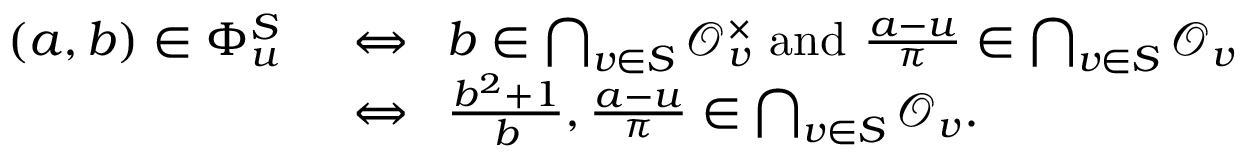
\begin{array} { r l } { ( a , b ) \in \Phi _ { u } ^ { S } \enspace } & { \Leftrightarrow \enspace b \in \bigcap _ { v \in S } \mathcal { O } _ { v } ^ { \times } \mathrm { ~ a n d ~ } \frac { a - u } { \pi } \in \bigcap _ { v \in S } \mathcal { O } _ { v } } \\ & { \Leftrightarrow \enspace \frac { b ^ { 2 } + 1 } { b } , \frac { a - u } { \pi } \in \bigcap _ { v \in S } \mathcal { O } _ { v } . } \end{array}